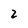
Character: 2